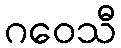
ဂဝေသီ